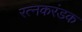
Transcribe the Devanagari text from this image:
रत्नकरंडक